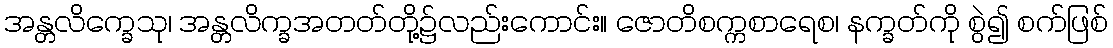
အန္တလိက္ခေသု၊ အန္တလိက္ခအတတ်တို့၌လည်းကောင်း။ ဇောတိစက္ကစာရေစ၊ နက္ခတ်ကို စွဲ၍ စက်ဖြစ်